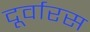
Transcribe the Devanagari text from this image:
दूर्वारस